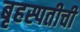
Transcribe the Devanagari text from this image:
बृहस्पतीची